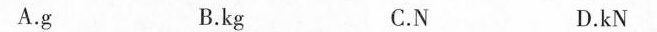
A.g B.kg C.N D.kN